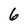
Character: 6